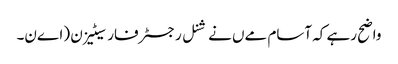
واضح رہے کہ آسام مےں نےشنل رجسٹر فار سیٹیزن (اےن۔